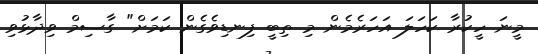
މީނަ ހީކުރާ ކަހަލަ އަހަރެމެން މި ތިބީ ފިނޑިވެގެން ކަމަށް" ގާސިމް ވިދާޅުވި